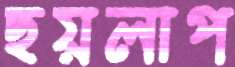
ছয়লাপ